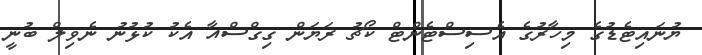
ޔުނައިޓެޑުގެ މިހާރުގެ އެސިސްޓެންޓް ކޯޗު ރަޔަން ގިގްސްއާ އެކު ކުޅުނު ނެވިލް ބުނީ